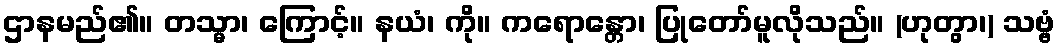
ဌာနမည်၏။ တသ္မာ၊ ကြောင့်။ နယံ၊ ကို။ ကရောန္တော၊ ပြုတော်မူလိုသည်။ (ဟုတွာ၊) သဗ္ဗံ